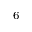
^ 6